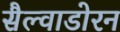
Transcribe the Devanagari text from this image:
सैल्वाडोरन